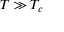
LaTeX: T \gg T _ { c }